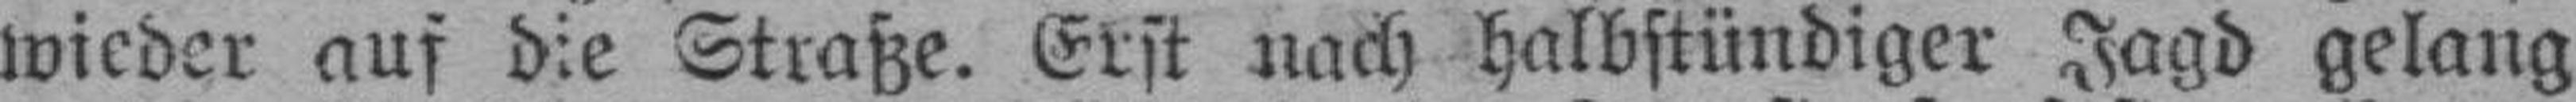
wieder auf die Straße. Erst nach halbstündiger Jagd gelang